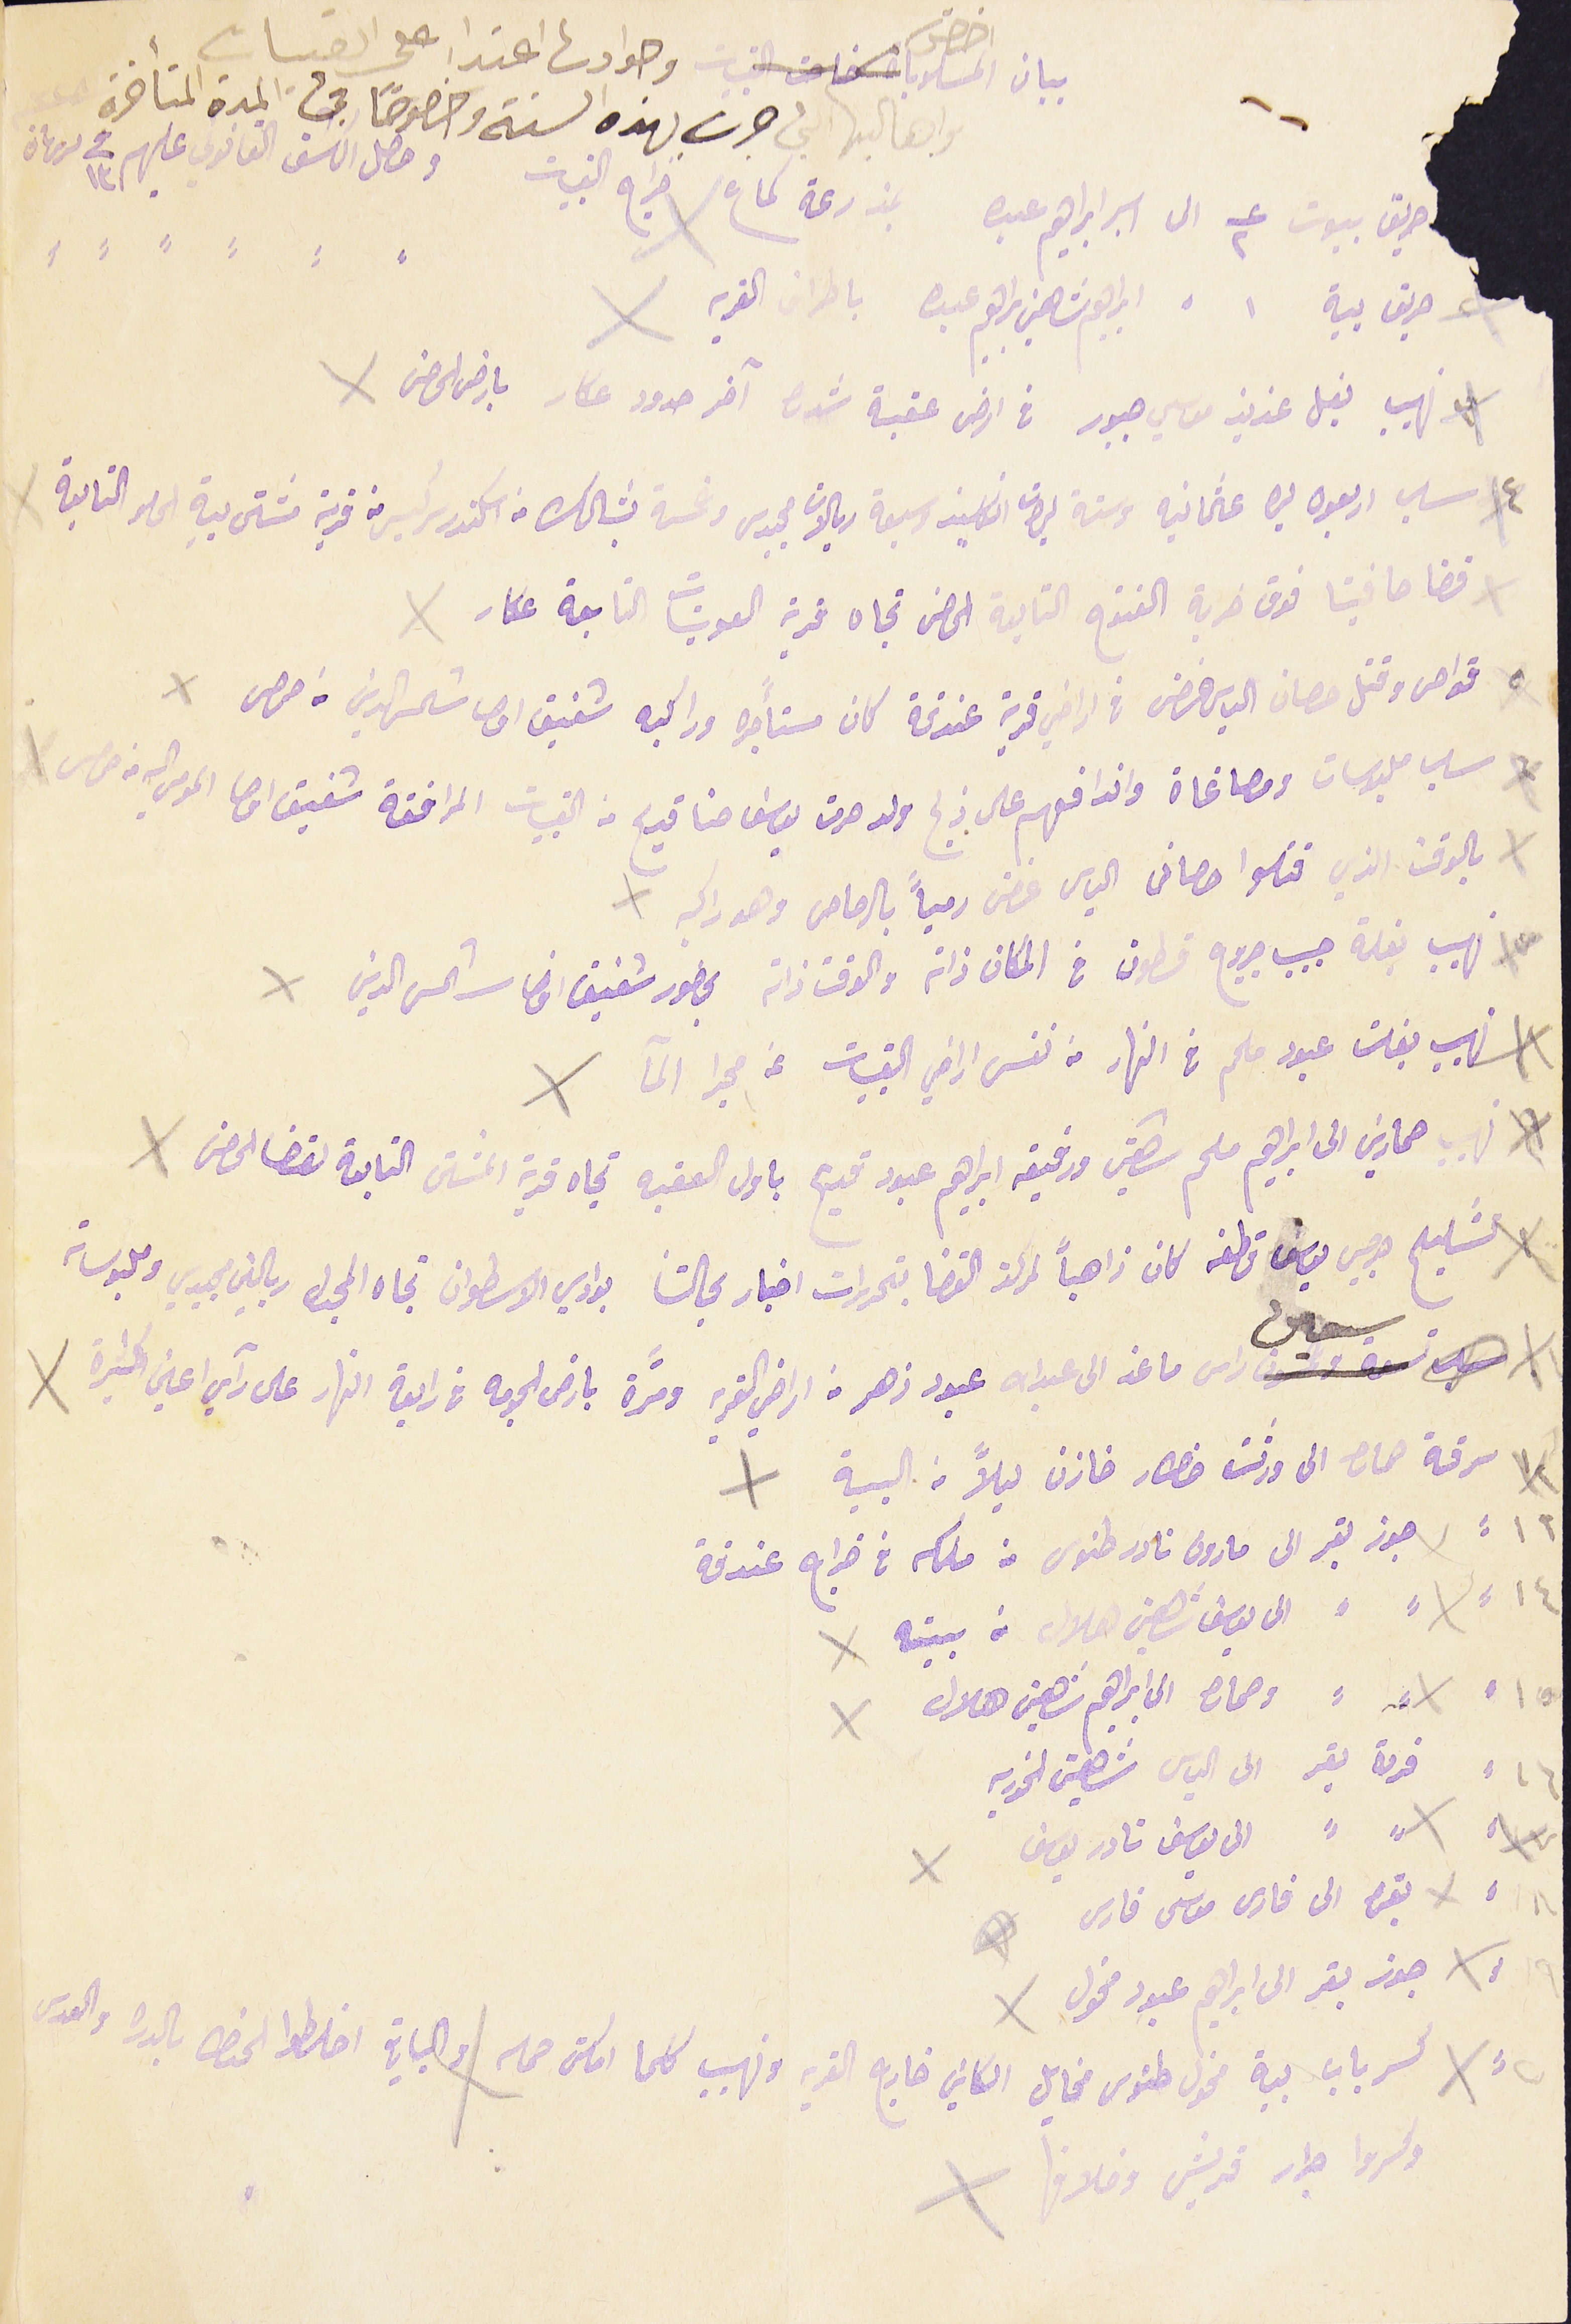
بيان اخص المسلوبات وحوادث اعتدا على القبيات
واهاليها التي جرت بهذه السنة وخصوصًا فى المدة المتأخرة
حريق بيوت عدد ٢ الى اسبر ابراهيم عبده بمزرعة شماع خراج القبيات وحصل الكشف القانوني عليهم فى ١٣ تشرين تانى
حريق بية ١  ابراهيم شاهين ابراهيم عبده باطراف القرية
نهيب بغل عزيز موسي جبور في ارض عقبة شدرا آخر حدود عكار بارض الحصن
٤ سلب اربعون ليره عثمانيه وستة ليرات انكليز وسبعة ريالات مجيدى وخمسة بشالك من اسكندر سركيس من قرية مشتى بيةِ الحلو التابعة
قضا صافيتا فوق خربة الفتوح التابعة الحصن تجاه قرية العوينات التابعة عكار
٥ قواص وقتل حصان الياس غصن فى اراضي قرية عندقة كان مستأجره وراكبه شفيق اوصا شمس الدين من حمص
سلب ملبوسات ومصاغاة واندافعهم على ذبح ولد مرت يوسف حنا قديح من القبيات المرافقة شفيق اوصا المومى اليه من حمص
بالوقت الذي قتلوا حصان الياس غصن رمياً بالرصاص وهو راكبه
نهيب بغلة حبيب جروج قسطون فى المكان ذاته والوقت ذاتة بحضور شفيق اوصا شمس الدين
 نهيب بغلت عبود ملحم فى النهار من نفس اراضي القبيات عن مجرا المآ
 نهيب حمارين الى ابراهيم ملحم شاهين ورفيقه ابراهيم عبود قديح باول العقبه تجاه قرية المشتى التابعة لقضا الحصن
 تشليح جرجس يوسف قطفه كان ذاهباً لمركز القضا بتحريرات اخبار بحالتنا بوادي الاسطوان تجاه المجدل ريالين مجيدي وملبوساته
سبعين راس ماعز الى عبدالله عبود زهر من اراضي القرية ومرًة بارض الجومه فى رابعة النهار على رآي اعين كثيرة
 سرقة حماره الى ورثت خطار خازن ليلًا مى البية
   ١٢: جوز بقر الى مارون نادر طنوس من ملكه في خراج عندقة
١٤ الى يوسف شاهين هلال من بيته
١٥ وحماره الى ابراهيم شاهين هلال
١٦ فردة بقر الى الياس شاهين الخوريه
١٧ الى يوسف نادر يوسف
١٨ بقره الى فارس موسى فارس
١٩ جوز بقر الى ابراهيم عبود مخول
كسر باب بية مخول طنوس مخايل الكاين خارج القريه ونهيب كلما امكن حمله والباقي اخلطوا الحنطه بالدره والعدس
وكسروا جرار قريش وخلافها